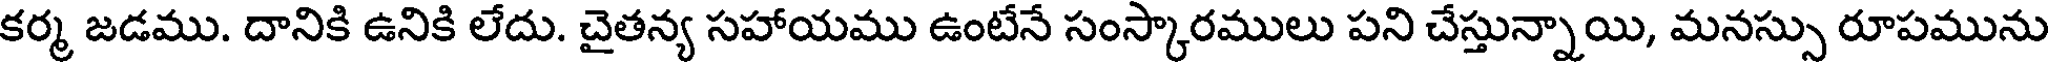
కర్మ జడము. దానికి ఉనికి లేదు. చైతన్య సహాయము ఉంటేనే సంస్కారములు పని చేస్తున్నాయి, మనస్సు రూపమును